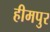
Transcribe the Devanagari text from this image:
हीमपुर